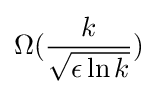
\Omega ({k \over {\sqrt {\epsilon \ln k}}})